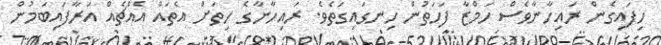
ހިފައިގެން ރައިހާނާވެސް ހަމްޒާ ފަހަތުން ހިނގައިގަތެވެ. ރައިހާނާގެ ހިތަށް އެތައް އެއްޗެއް އަރާފައިބަމުން